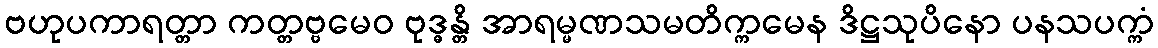
ဗဟုပကာရတ္တာ ကတ္တဗ္ဗမေဝ ဗုဒ္ဓန္တိ အာရမ္မဏသမတိက္ကမေန ဒိဋ္ဌသုပိနော ပနသပက္ကံ